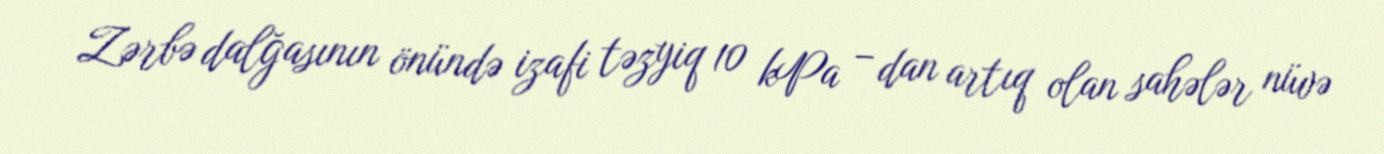
Zərbə dalğasının önündə izafi təzyiq 10 kPa – dan artıq olan sahələr nüvə